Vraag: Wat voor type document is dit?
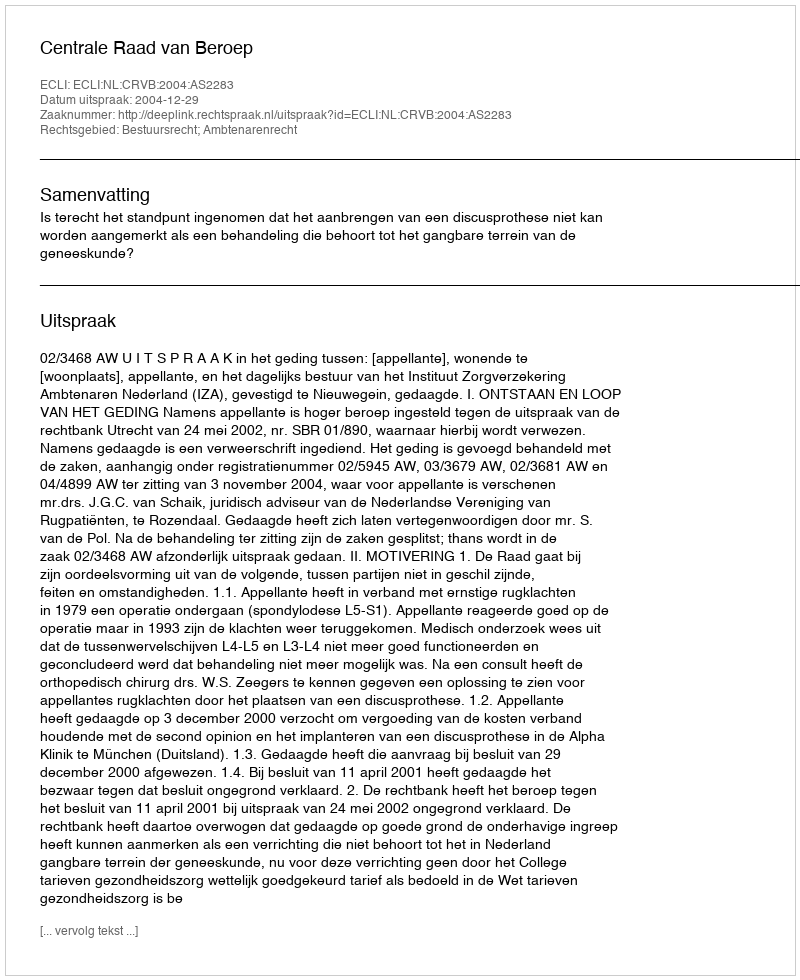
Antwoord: Uitspraak